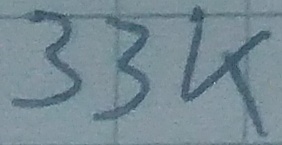
Text: 33K